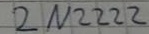
Text: 2N2222